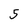
Character: 5